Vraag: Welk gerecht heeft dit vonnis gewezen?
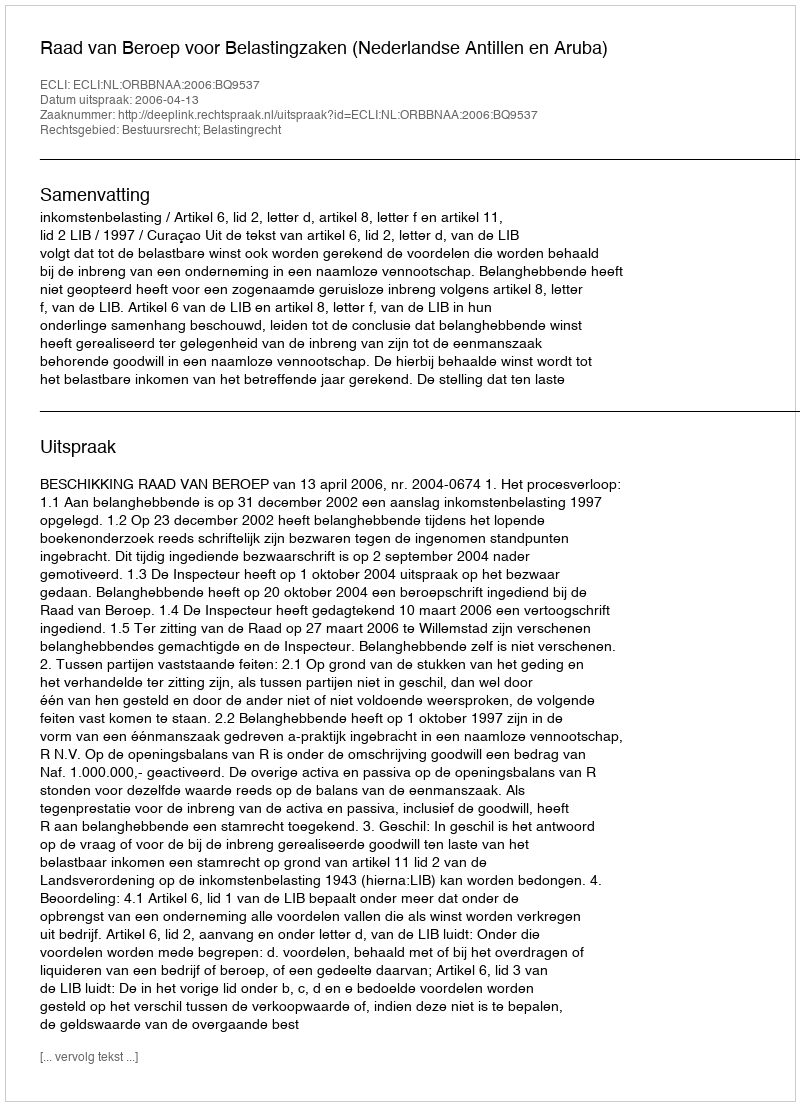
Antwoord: Raad van Beroep voor Belastingzaken (Nederlandse Antillen en Aruba)